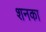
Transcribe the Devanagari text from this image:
शनका